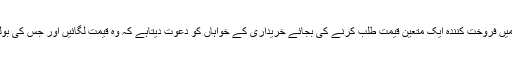
یہ بھی اصل میں مساومہ کی ہی ایک قسم ہے جس میں فروخت کنندہ ایک متعین قیمت طلب کرنے کی بجائے خریداری کے خواہاں کو دعوت دیتاہے کہ وہ قیمت لگائیں اور جس کی بولی زیادہ ہو گی اس کے ساتھ بیع منعقد ہو جائے گی۔